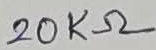
Text: 20KΩ